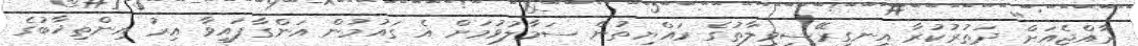
ރާއްޖެއަށް ދަތުރުކުރާ އިނގިރޭސިވިލާތުގެ ރައްޔިތުން ސަމާލުވުމަށް އެ ގައުމުން އަންގާފައިވާ އިރު އިންތިޚާބުގެ